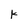
Character: k